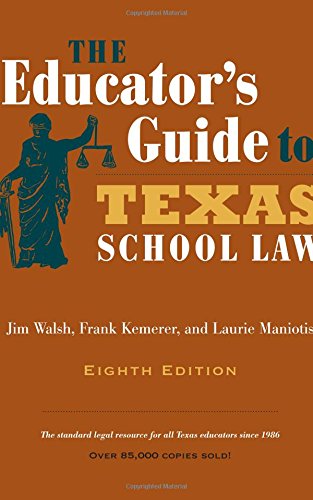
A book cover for The Educator's Guide to Texas School Law: Eighth Edition; Jim Walsh; Law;